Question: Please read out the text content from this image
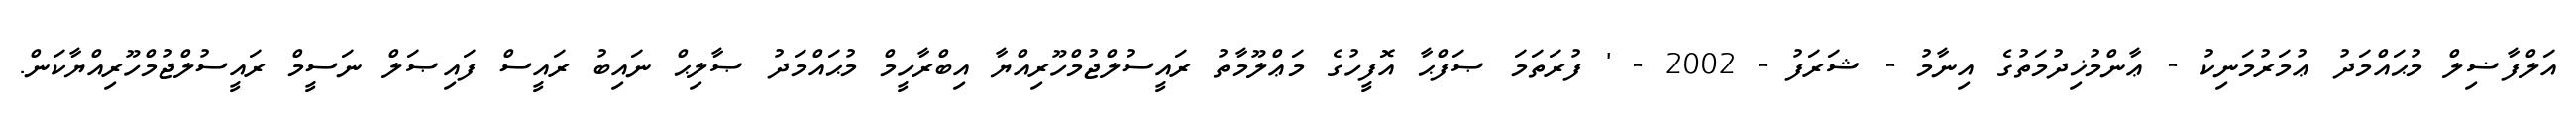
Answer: އަލްފާޟިލް މުޙައްމަދު ޢުމަރުމަނިކު - ޢާންމުޚިދުމަތުގެ އިނާމު - ޝަރަފު - 2002 - ' ފުރަތަމަ ޞަފްޙާ އޮފީހުގެ މަޢްލޫމާތު ރައީސުލްޖުމްހޫރިއްޔާ އިބްރާހީމް މުޙައްމަދު ޞާލިޙް ނައިބު ރައީސް ފައިޞަލް ނަސީމް ރައީސުލްޖުމްހޫރިއްޔާކަން.